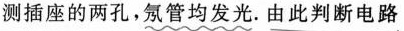
测插座的两孔，氖管均发光。由此判断电路